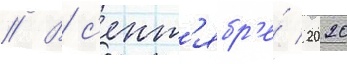
// В с'ент'ябр'е́ 2020